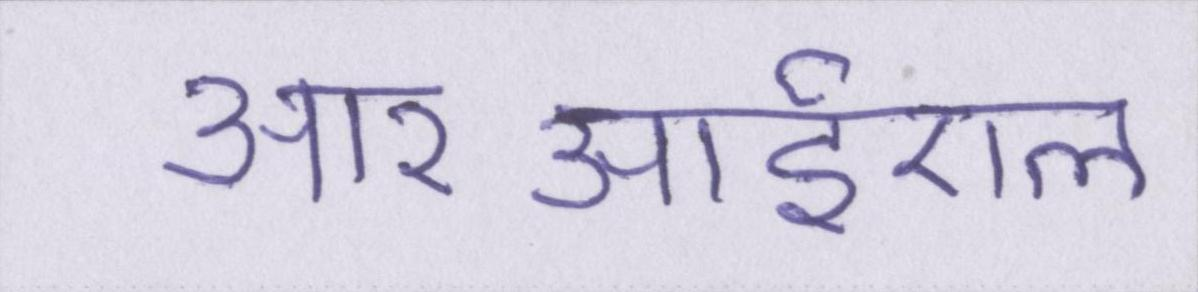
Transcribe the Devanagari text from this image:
आरआईएल